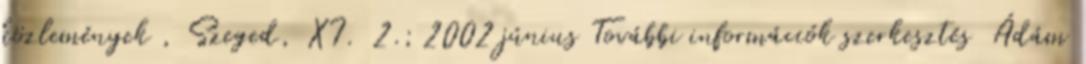
közlemények , Szeged, XI. 2.; 2002 június További információk szerkesztés Ádám